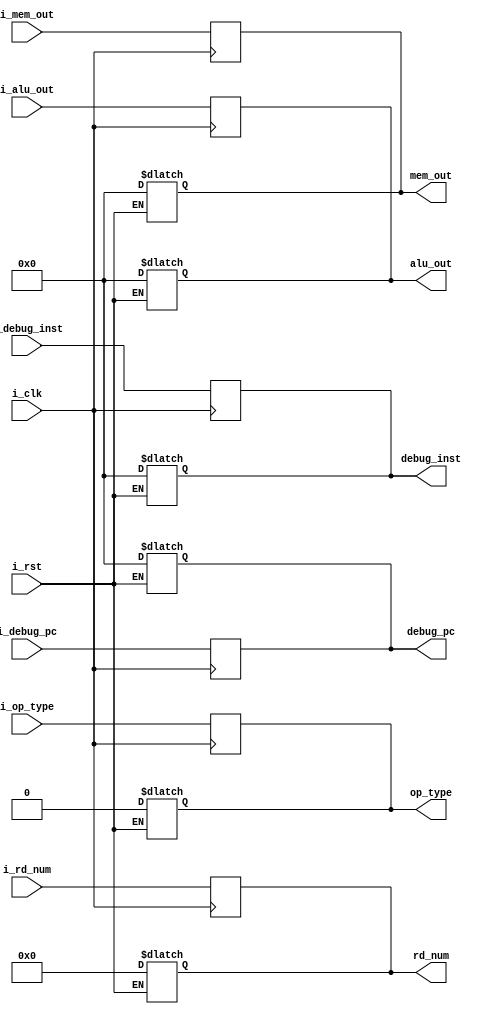
module mem_wb(input[31:0] i_debug_pc,
			  input[31:0] i_debug_inst,
              input i_clk,
			  input i_rst,
			  input[31:0] i_mem_out,         
              input[4:0] i_rd_num,
              input[31:0] i_alu_out,
              input i_op_type,
              output reg[31:0] debug_pc,
			  output reg[31:0] debug_inst,
              output reg[31:0] mem_out,         
              output reg[4:0] rd_num,
              output reg[31:0] alu_out,
              output reg op_type);
              
	always @(posedge(i_clk)) begin
		mem_out <= i_mem_out;     
        rd_num <= i_rd_num;
        alu_out <= i_alu_out;
        op_type <= i_op_type;
        debug_pc <= i_debug_pc;
	    debug_inst <= i_debug_inst;
    end
    
    always@(i_rst) begin
		if (i_rst == 1) begin
			mem_out <= 0;     
			rd_num <= 0;
			alu_out <= 0;
			op_type <= 0;
			debug_pc <= 0;
	        debug_inst <= 0;
		end
	end
endmodule